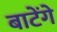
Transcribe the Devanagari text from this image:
बाटेंगे